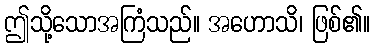
ဤသို့သောအကြံသည်။ အဟောသိ၊ ဖြစ်၏။